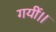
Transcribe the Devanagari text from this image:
गयीं।।